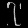
Digit: ၇